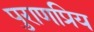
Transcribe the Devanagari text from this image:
पुराणप्रिय